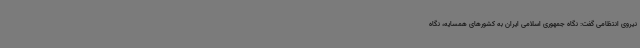
نیروی انتظامی گفت: نگاه جمهوری اسلامی ایران به کشورهای همسایه، نگاه